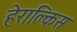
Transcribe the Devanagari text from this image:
हेराक्लिस